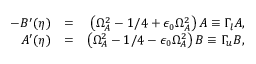
\begin{array} { r l r } { - B ^ { \prime } ( \eta ) } & { = } & { \left( \Omega _ { A } ^ { 2 } - 1 / 4 + \epsilon _ { 0 } \Omega _ { A } ^ { 2 } \right) A \equiv \Gamma _ { l } A , } \\ { A ^ { \prime } ( \eta ) } & { = } & { \left( \Omega _ { A } ^ { 2 } - 1 / 4 - \epsilon _ { 0 } \Omega _ { A } ^ { 2 } \right) B \equiv \Gamma _ { u } B , } \end{array}